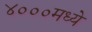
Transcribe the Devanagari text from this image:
४०००मध्ये